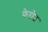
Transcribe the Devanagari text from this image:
फेरोउ